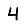
Digit: 4